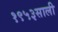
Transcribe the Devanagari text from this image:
१९५३साली